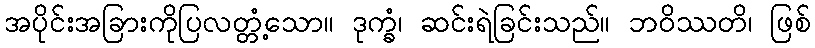
အပိုင်းအခြားကိုပြလတ္တံ့သော။ ဒုက္ခံ၊ ဆင်းရဲခြင်းသည်။ ဘဝိဿတိ၊ ဖြစ်